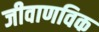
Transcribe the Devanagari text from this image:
जीवाणविक